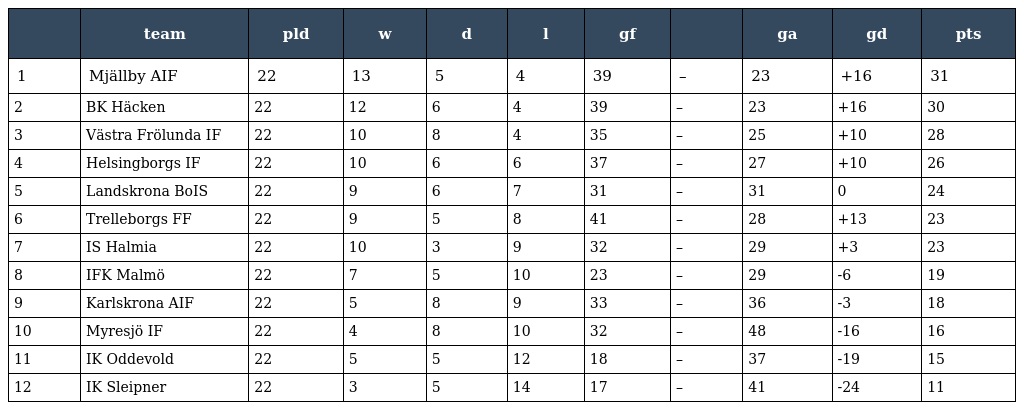
|  | team | pld | w | d | l | gf |  | ga | gd | pts |
 | --- | --- | --- | --- | --- | --- | --- | --- | --- | --- | --- |
 | 1 | Mjällby AIF | 22 | 13 | 5 | 4 | 39 | – | 23 | +16 | 31 |
 | 2 | BK Häcken | 22 | 12 | 6 | 4 | 39 | – | 23 | +16 | 30 |
 | 3 | Västra Frölunda IF | 22 | 10 | 8 | 4 | 35 | – | 25 | +10 | 28 |
 | 4 | Helsingborgs IF | 22 | 10 | 6 | 6 | 37 | – | 27 | +10 | 26 |
 | 5 | Landskrona BoIS | 22 | 9 | 6 | 7 | 31 | – | 31 | 0 | 24 |
 | 6 | Trelleborgs FF | 22 | 9 | 5 | 8 | 41 | – | 28 | +13 | 23 |
 | 7 | IS Halmia | 22 | 10 | 3 | 9 | 32 | – | 29 | +3 | 23 |
 | 8 | IFK Malmö | 22 | 7 | 5 | 10 | 23 | – | 29 | -6 | 19 |
 | 9 | Karlskrona AIF | 22 | 5 | 8 | 9 | 33 | – | 36 | -3 | 18 |
 | 10 | Myresjö IF | 22 | 4 | 8 | 10 | 32 | – | 48 | -16 | 16 |
 | 11 | IK Oddevold | 22 | 5 | 5 | 12 | 18 | – | 37 | -19 | 15 |
 | 12 | IK Sleipner | 22 | 3 | 5 | 14 | 17 | – | 41 | -24 | 11 |